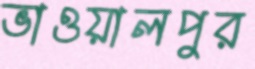
ভাওয়ালপুর